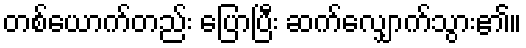
တစ်ယောက်တည်း ပြောပြီး ဆက်လျှောက်သွား၏။